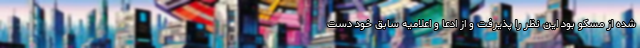
شده از مسکو بود این نظر را پذیرفت و از ادعا و اعلامیه سابق خود دست